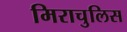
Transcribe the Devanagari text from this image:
मिराचुलिस